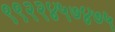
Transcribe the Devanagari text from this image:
९९२२४५७४७५